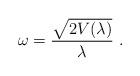
LaTeX: \begin{align*}\omega = \frac{\sqrt{2V(\lambda)}}{\lambda} ~ .\end{align*}